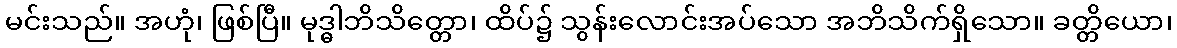
မင်းသည်။ အဟုံ၊ ဖြစ်ပြီ။ မုဒ္ဓါဘိသိတ္တော၊ ထိပ်၌ သွန်းလောင်းအပ်သော အဘိသိက်ရှိသော။ ခတ္တိယော၊